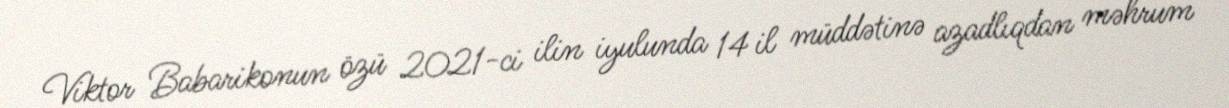
Viktor Babarikonun özü 2021-ci ilin iyulunda 14 il müddətinə azadlıqdan məhrum